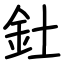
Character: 釷